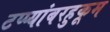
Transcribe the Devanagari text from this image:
टप्प्यांबरहुकूम